Lunatic asylums Madras 1877-1891 - 1877-1891
Year: 1877
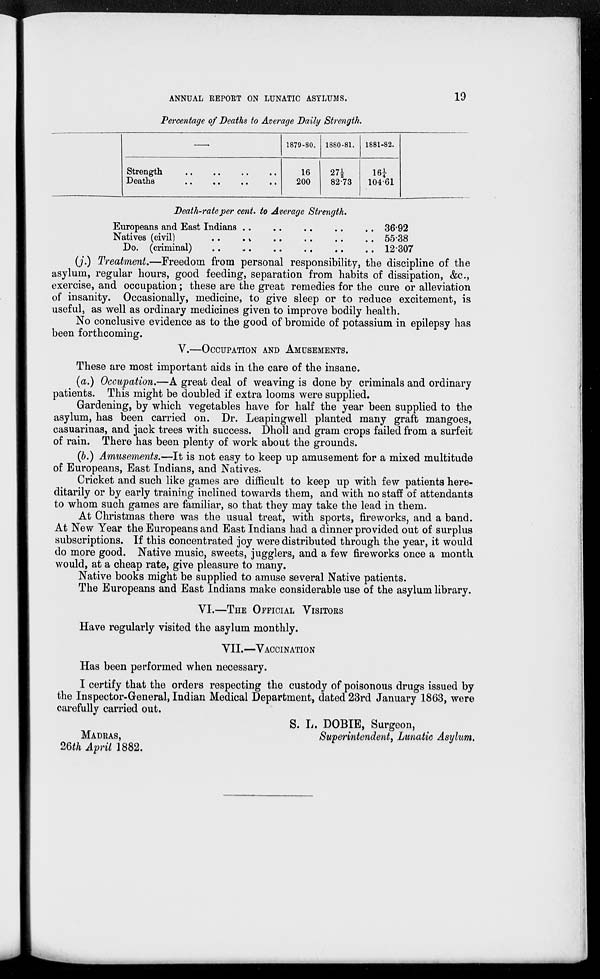
ANNUAL REPORT ON LUNATIC ASYLUMS.
19
Percentage of Deaths to Average Daily Strength.
—
Strength
..
..
..
..
Death .. .. .. ..
1879-80.
16
200
1880-81.
27 ½
82.73
1881-82.
16 ¼
104.61
Death-rate per cent. to Average Strength.
Europeans and East Indians .. .. .. .. ..
Natives (civil)
..
..
..
..
..
Do. (criminal) .. .. .. .. .. ..
36.92
55.38
12.307
(j.) Treatment.—Freedom from personal responsibility, the discipline of the
asylum, regular hours, good feeding, separation from habits of dissipation, &c.,
exercise, and occupation; these are the great remedies for the cure or alleviation
of insanity. Occasionally, medicine, to give sleep or to reduce excitement, is
useful, as well as ordinary medicines given to improve bodily health.
No conclusive evidence as to the good of bromide of potassium in epilepsy has
been forthcoming.
V.—OCCUPATION AND AMUSEMENTS.
These are most important aids in the care of the insane.
(a.) Occupation.—A great deal of weaving is done by criminals and ordinary
patients. This might be doubled if extra looms were supplied.
Gardening, by which vegetables have for half the year been supplied to the
asylum, has been carried on. Dr. Leapingwell planted many graft mangoes,
casuarinas, and jack trees with success. Dholl and gram crops failed from a surfeit
of rain. There has been plenty of work about the grounds.
(b.) Amusements.—It is not easy to keep up amusement for a mixed multitude
of Europeans, East Indians, and Natives.
Cricket and such like games are difficult to keep up with few patients here-
ditarily or by early training inclined towards them, and with no staff of attendants
to whom such games are familiar, so that they may take the lead in them.
At Christmas there was the usual treat, with sports, fireworks, and a band.
At New Year the Europeans and East Indians had a dinner provided out of surplus
subscriptions. If this concentrated joy were distributed through the year, it would
do more good. Native music, sweets, jugglers, and a few fireworks once a month
would, at a cheap rate, give pleasure to many.
Native books might be supplied to amuse several Native patients.
The Europeans and East Indians make considerable use of the asylum library.
VI.—THE OFFICIAL VISITORS
Have regularly visited the asylum monthly.
VII.—VACCINATION
Has been performed when necessary.
I certify that the orders respecting the custody of poisonous drugs issued by
the Inspector-General, Indian Medical Department, dated 23rd January 1863, were
carefully carried out.
S. L. DOBIE, Surgeon,
Superintendent, Lunatic Asylum.
MADRAS,
26th April 1882.